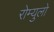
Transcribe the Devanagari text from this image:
रोम्युलो